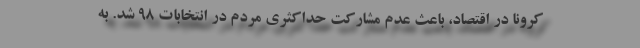
کرونا در اقتصاد، باعث عدم مشارکت حداکثری مردم در انتخابات ۹۸ شد. به